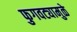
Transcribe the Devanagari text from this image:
फुगवट्यामुळे